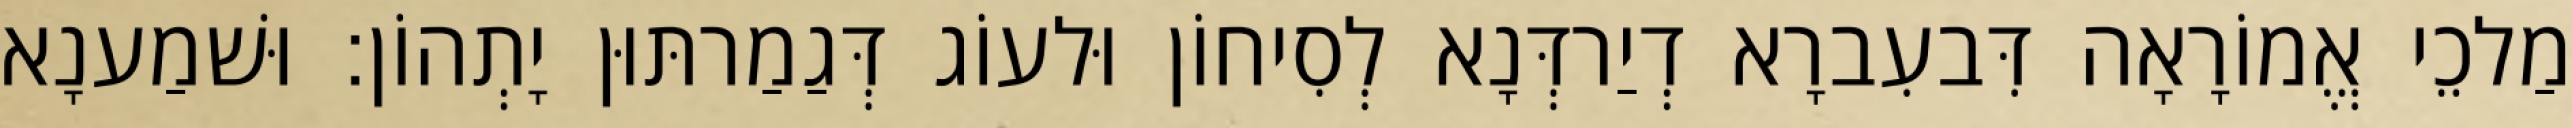
מַלכֵי אֱמוֹרָאָה דִּבעִברָא דְיַרדְּנָא לְסִיחוֹן וּלעוֹג דְּגַמַרתּוּן יָתְהוֹן׃ וּשׁמַענָא